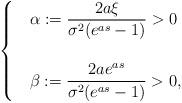
LaTeX: \begin{align*}\begin{cases} &\alpha := \displaystyle{ \frac{2a\xi}{\sigma^2(e^{as}-1)} }>0\\ \\&\beta : =\displaystyle{\frac{2ae^{as}}{\sigma^2( e^{as}-1)}}>0,\end{cases}\end{align*}